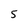
Character: 5